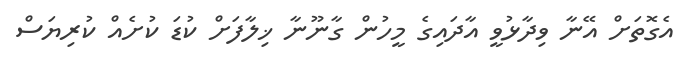
އެގޮތަށް އޭނާ ވިދާޅުވީ އާދައިގެ މީހުން ގާނޫނާ ޚިލާފަށް ކުޑަ ކުށެއް ކުރިޔަސް